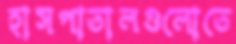
হাসপাতালগুলোতে